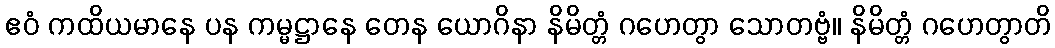
ဧဝံ ကထိယမာနေ ပန ကမ္မဋ္ဌာနေ တေန ယောဂိနာ နိမိတ္တံ ဂဟေတွာ သောတဗ္ဗံ။ နိမိတ္တံ ဂဟေတွာတိ